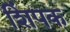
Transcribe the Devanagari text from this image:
शिंपक